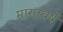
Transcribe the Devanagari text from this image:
मारतवर्ष